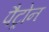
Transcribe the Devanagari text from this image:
पैट्रोन